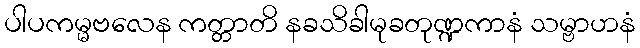
ပါပကမ္မဗလေန ကတ္တာတိ နခသိခါမုခတုဏ္ဍကာနံ သမ္ဗာဟနံ